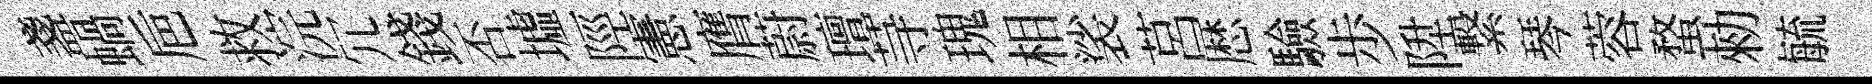
盞蝸巵救浣冗錢否墟陘憲膺蔚璮䒭瑰相裟莒厯驗歩陞繋琴蓉蝥勑毓